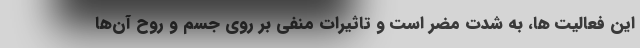
این فعالیت ها، به شدت مضر است و تاثیرات منفی بر روی جسم و روح آن‌ها